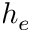
h _ { e }